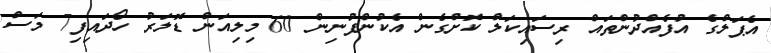
އެޕަލްގެ އުފެއްދުންތައް ރިސައިކަލް ކޮށްގެން އެކުންފުނިން 60 މިލިއަން ޑޮލަރު ހޯދައިފި7 މަސް